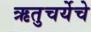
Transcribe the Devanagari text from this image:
ऋतुचर्येचे